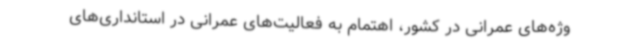
وژه‌های عمرانی در کشور، اهتمام به فعالیت‌های عمرانی در استانداری‌های